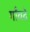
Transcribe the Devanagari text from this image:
गाँवदे